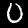
Label: 0